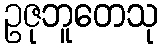
ဥဇုဘူတေသု